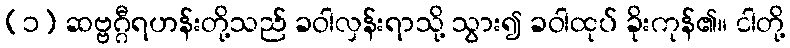
(၁) ဆဗ္ဗဂ္ဂီရဟန်းတို့သည် ခဝါလှန်းရာသို့ သွား၍ ခဝါထုပ် ခိုးကုန်၏။ ငါတို့